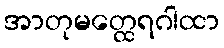
အာတုမတ္ထေရဂါထာ